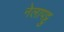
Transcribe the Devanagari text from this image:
नेलापट्टु